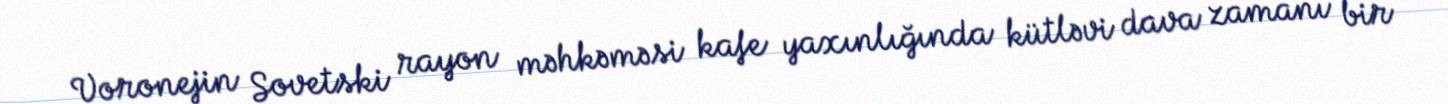
Voronejin Sovetski rayon məhkəməsi kafe yaxınlığında kütləvi dava zamanı bir